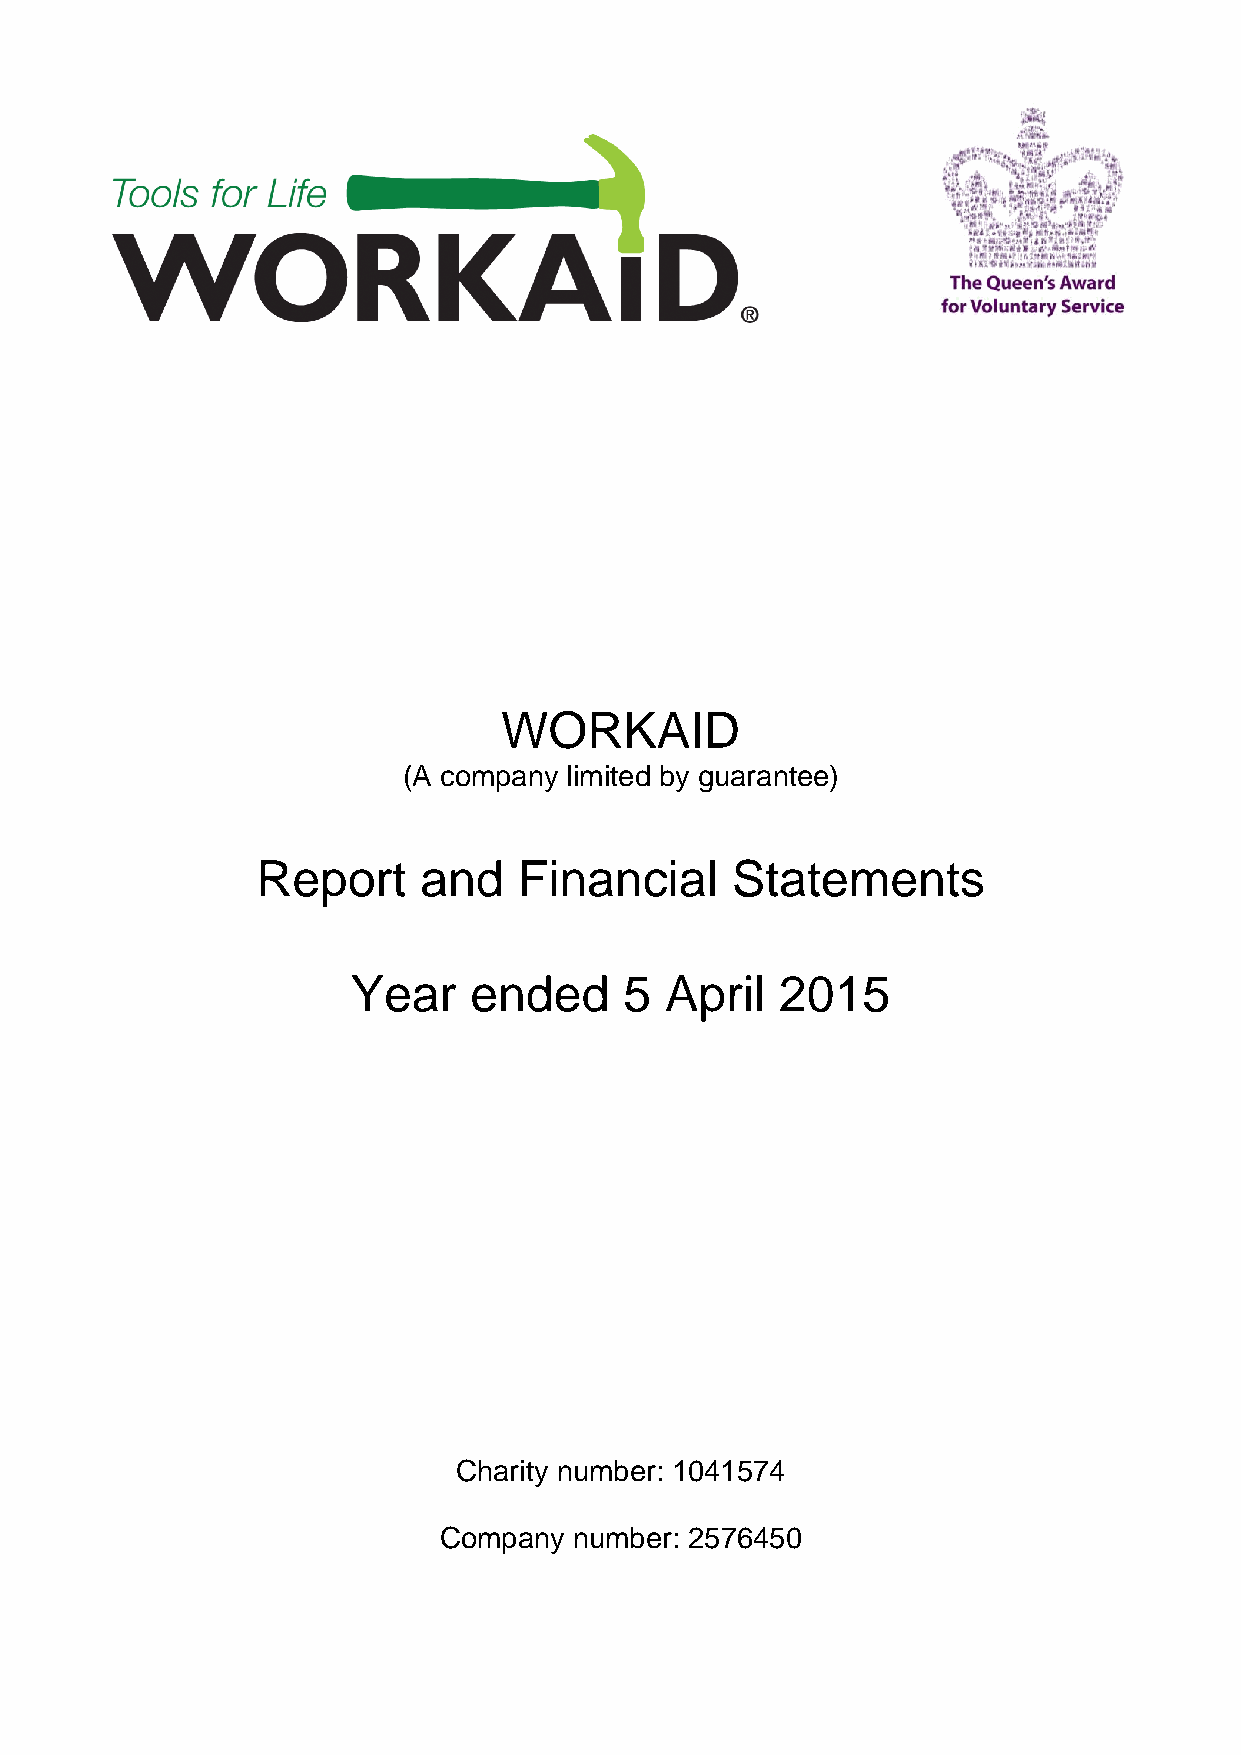
WORKAID
 (A company limited by guarantee)
 Report     and   Financial     Statements
 Year    ended     5  April   2015
 Charity number: 1041574
 Company  number: 2576450